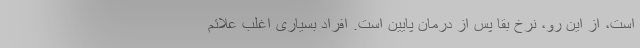
است، از این رو، نرخ بقا پس از درمان پایین است. افراد بسیاری اغلب علائم